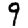
Digit: 9